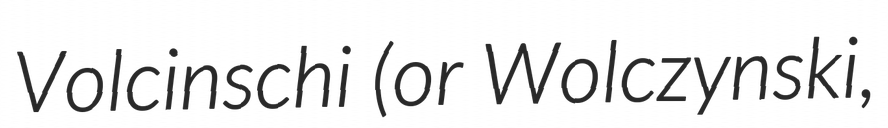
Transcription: Volcinschi (or Wolczynski,